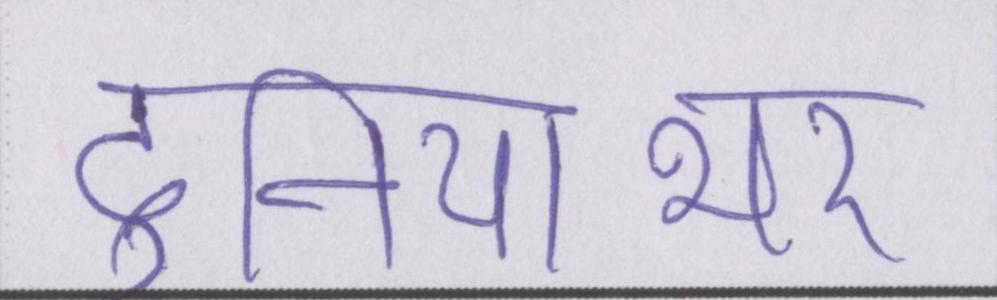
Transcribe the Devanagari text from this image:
दुनियाभर